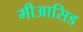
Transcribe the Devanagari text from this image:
मीआसिड